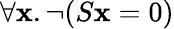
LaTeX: \forall\mathbf{x}.\lnot(S\mathbf{x}=0)